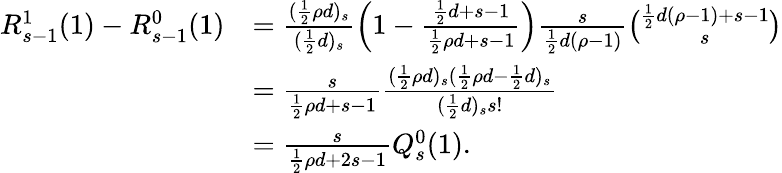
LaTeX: \begin{array}{rl}{R_{s-1}^{1}(1)-R_{s-1}^{0}(1)}&{=\frac{(\frac{1}{2}\rho d)_{s}}{(\frac{1}{2}d)_{s}}\left(1-\frac{\frac{1}{2}d+s-1}{\frac{1}{2}\rho d+s-1}\right)\frac{s}{\frac{1}{2}d(\rho-1)}\binom{\frac{1}{2}d(\rho-1)+s-1}{s}}\\ &{=\frac{s}{\frac{1}{2}\rho d+s-1}\frac{(\frac{1}{2}\rho d)_{s}(\frac{1}{2}\rho d-\frac{1}{2}d)_{s}}{(\frac{1}{2}d)_{s}s!}}\\ &{=\frac{s}{\frac{1}{2}\rho d+2s-1}Q_{s}^{0}(1).}\end{array}